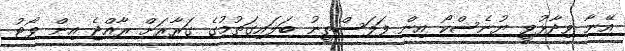
އޭނާ ވިދާޅުވީ ޔުނެސްކޯ އިން ފަލަސްތީނު ބަލައިގަތުމުގެ ގަރާރަށް ރާއްޖެ އިން ވޯޓު